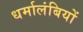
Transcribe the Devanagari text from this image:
धर्मालंबियों